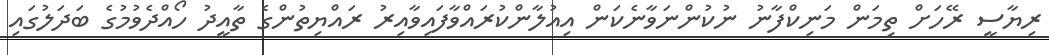
ރިޔާސީ ރޭހަށް ތިމަން މަނިކްފާނު ނުކުންނަވާނެކަން އިއުލާންކުރައްވާފައިވާއިރު ރައްޔިތުންގެ ތާއީދު ހޯއްދެވުމުގެ ބަދަލުގައި